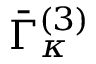
\bar { \Gamma } _ { \kappa } ^ { ( 3 ) }